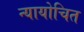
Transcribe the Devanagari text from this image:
न्‍यायोचित